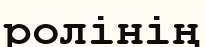
ролінің